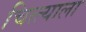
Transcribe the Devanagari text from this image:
चित्त्याला